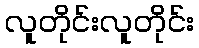
လူတိုင်းလူတိုင်း